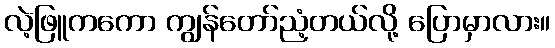
လဲ့ဖြူကကော ကျွန်တော်ညံ့တယ်လို့ ပြောမှာလား။